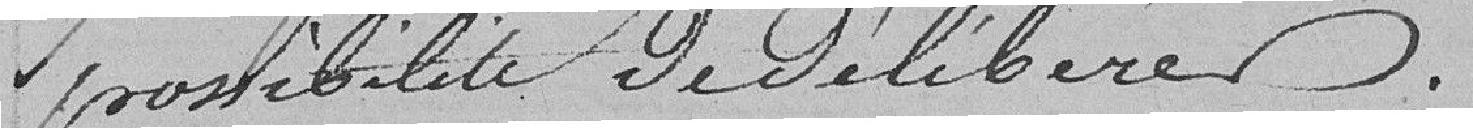
possibilité de délibérer.